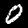
Digit: 0